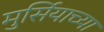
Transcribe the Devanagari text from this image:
मुर्सियाच्या